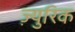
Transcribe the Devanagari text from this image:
ज़्युरिक